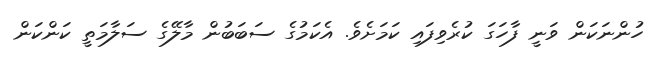
ހުންނަކަން ވަނީ ފާހަގަ ކުރެވިފައި ކަމަށެވެ. އެކަމުގެ ސަބަބުން މާލޭގެ ސަލާމަތީ ކަންކަން